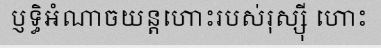
ប្ញទ្ធិអំណាចយន្តហោះរបស់រុស្ស៊ី ហោះ